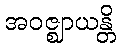
အဝဇ္ဈာယန္တိ